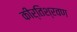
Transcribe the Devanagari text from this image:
कीर्तिश्रवण